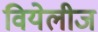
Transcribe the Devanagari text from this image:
वियेलीज